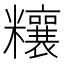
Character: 𥽬